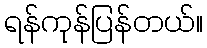
ရန်ကုန်ပြန်တယ်။